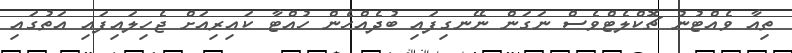
ތިއާ ވެއްޓުނު ޗޮކްލެޓްވެސް ނަގަން ނޭނގިފައި ބުދެއްހެން ހުއްޓާ ކައިރިއަށް ޖެހިލައިފައި އަތުގައި